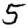
Digit: 5